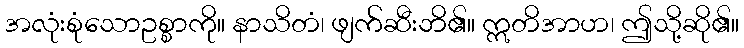
အလုံးစုံသောဥစ္စာကို။ နာသိတံ၊ ဖျက်ဆီးဘိ၏။ ဣတိအာဟ၊ ဤသို့ဆို၏။